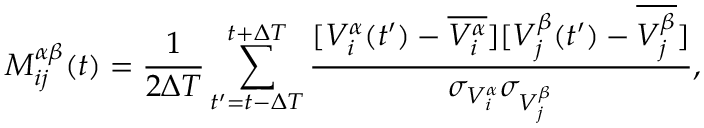
M _ { i j } ^ { \alpha \beta } ( t ) = \frac { 1 } { 2 \Delta T } \sum _ { t ^ { \prime } = t - \Delta T } ^ { t + \Delta T } \frac { [ V _ { i } ^ { \alpha } ( t ^ { \prime } ) - \overline { { V _ { i } ^ { \alpha } } } ] [ V _ { j } ^ { \beta } ( t ^ { \prime } ) - \overline { { V _ { j } ^ { \beta } } } ] } { \sigma _ { V _ { i } ^ { \alpha } } \sigma _ { V _ { j } ^ { \beta } } } ,